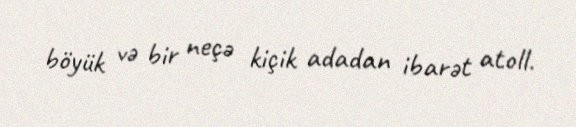
böyük və bir neçə kiçik adadan ibarət atoll.